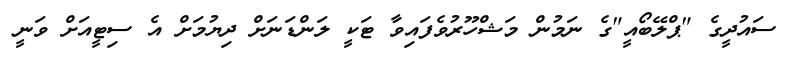
ސައުދީގެ "ޕްލޭބޯއީ"ގެ ނަމުން މަޝްހޫރުވެފައިވާ ޓަކީ ލަންޑަނަށް ދިޔުމަށް އެ ސިޓީއަށް ވަނީ